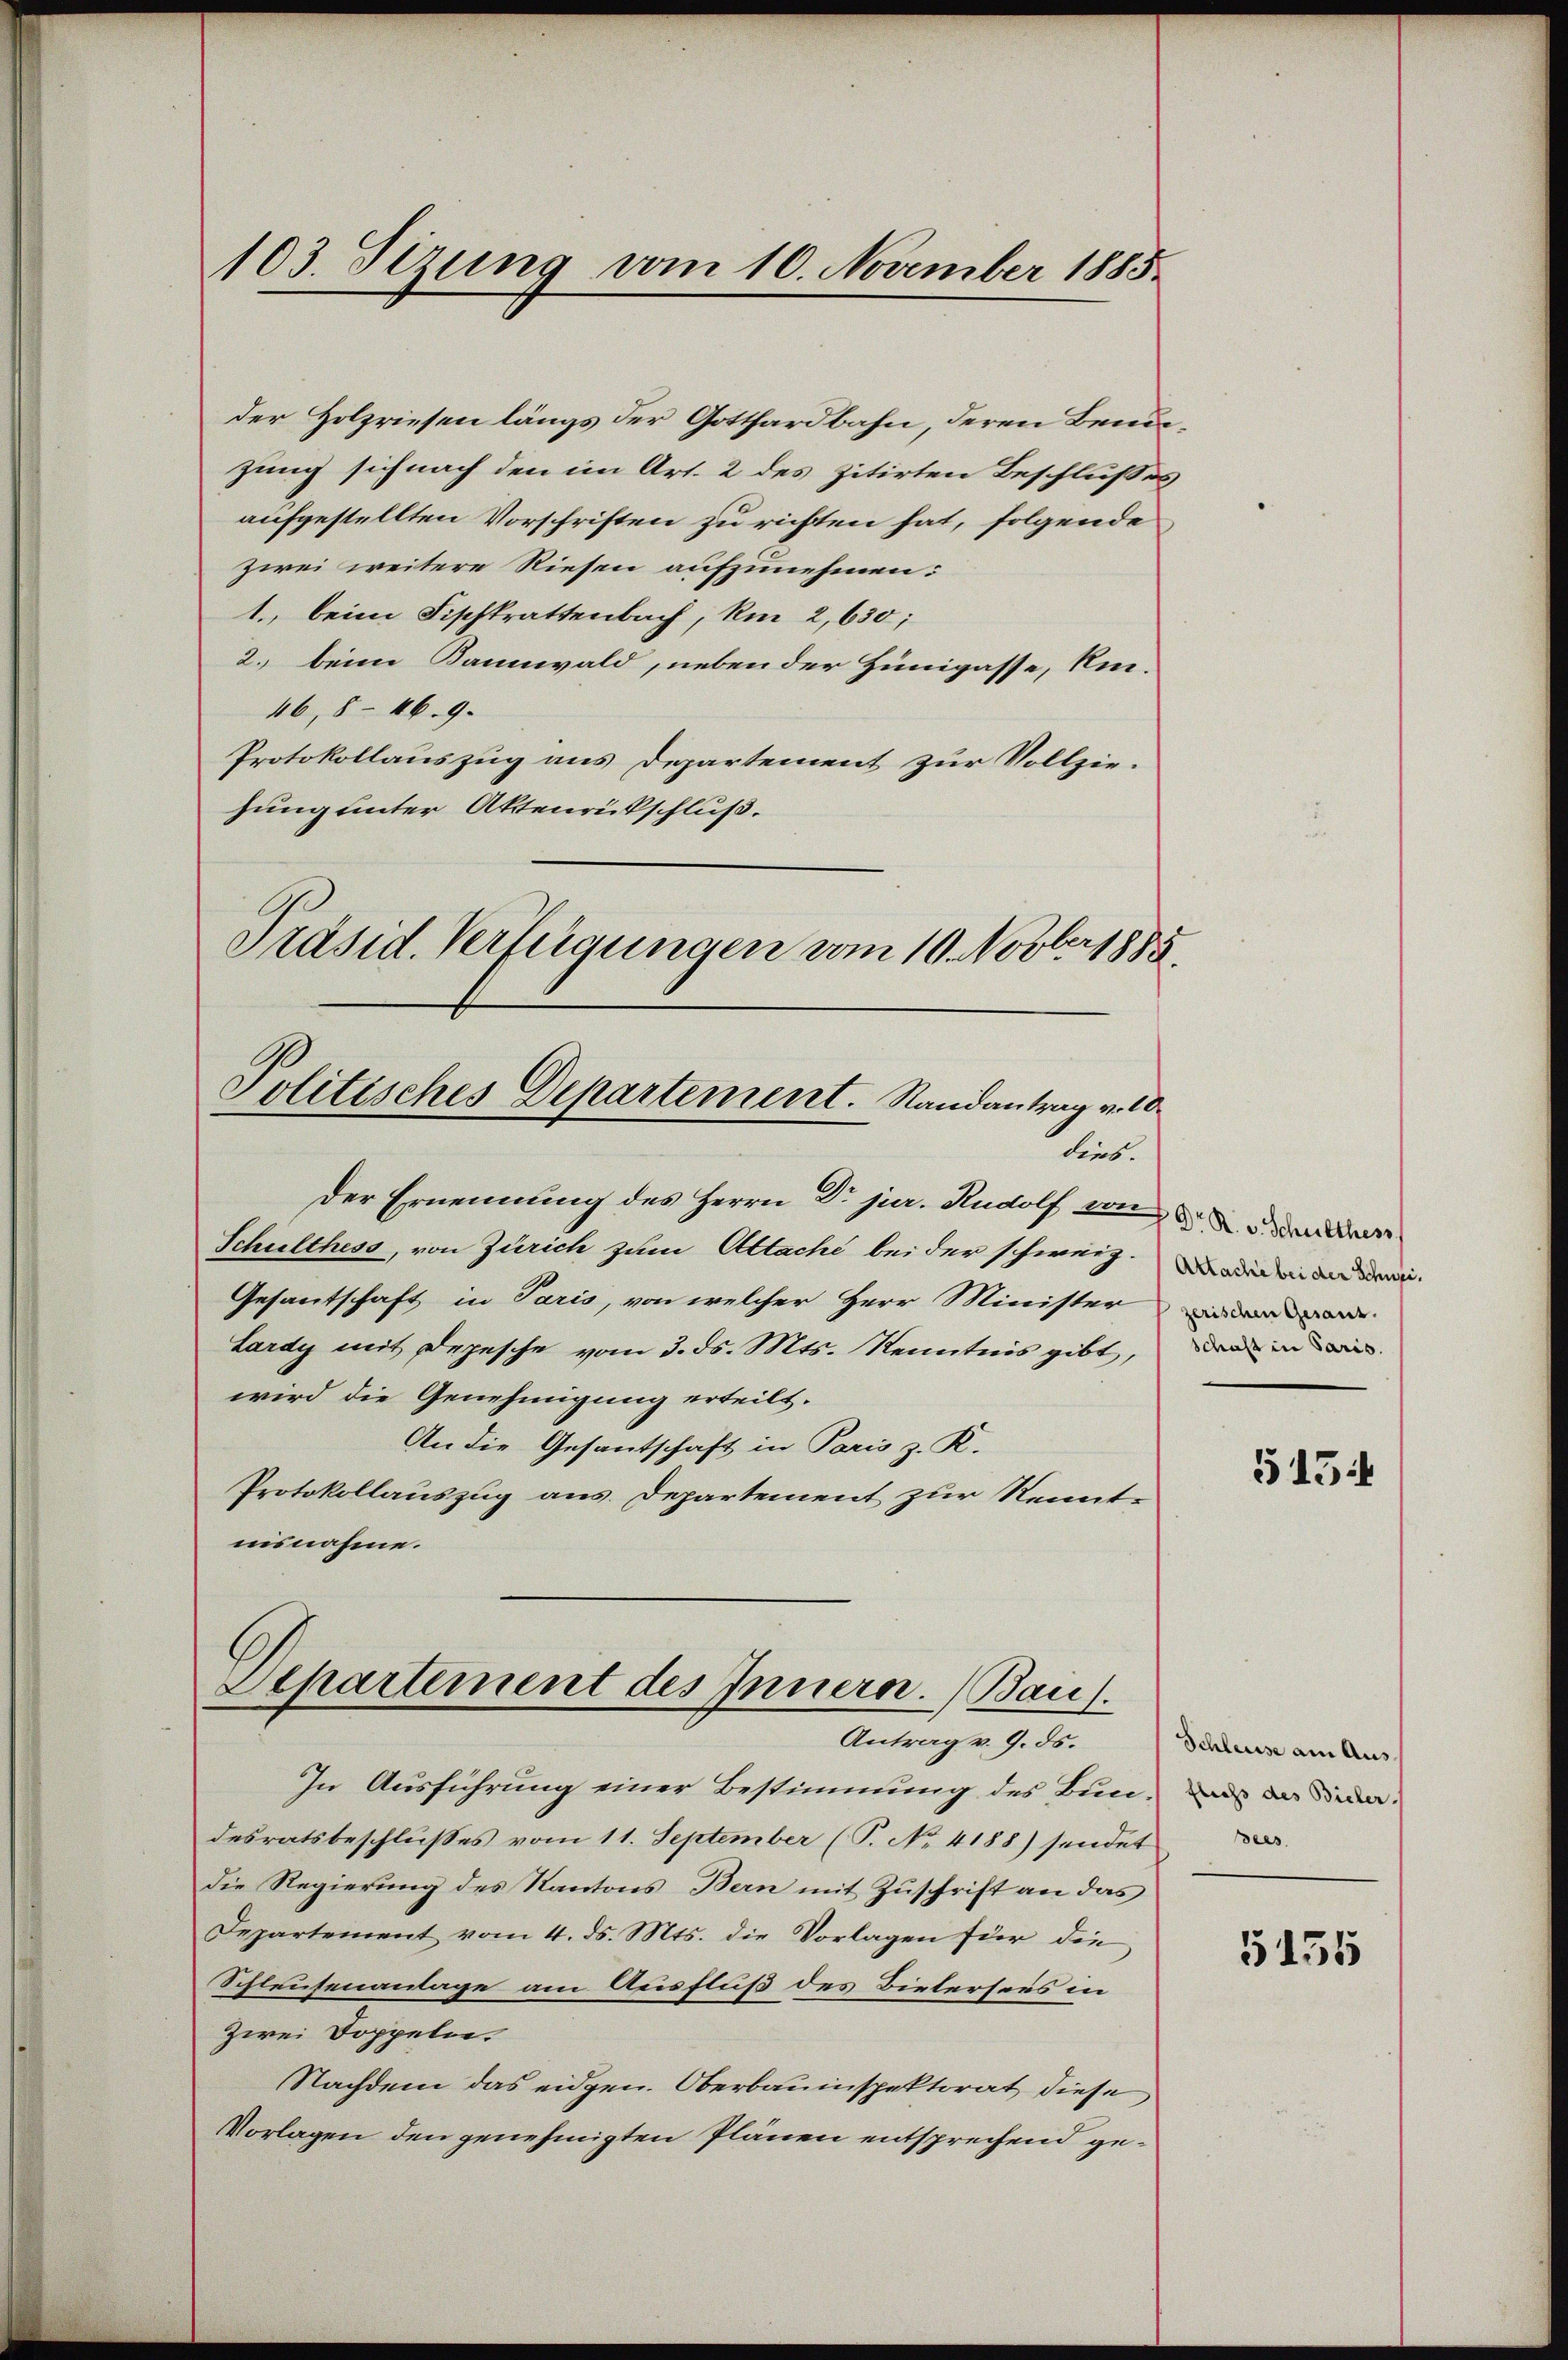
der Holzriesen längs der Gotthardbahn, deren Benuzung sich nach den im Art. 2 des zitirten Beschlußes
aufgestellten Vorschriften zu richten hat, folgende
zwei weitere Riesen aufzunehmen:
1. beim Fischkrattenbach, km 2,630;
2. beim Bannwald, neben der Himigasse, ken-
46, 846. 9.
Protokollauszug aus Departement zur Vollzie-
hung unter Aktenrückschluß.
Präsid. Verfügungen vom 10. Novber 1885.

103. Sezung vom 10. November 1885.

Politisches Departement. Randantrag v. 10.
bis

Der Ernennung des Herrn Dr jur. Rudolf von den
Schulthess, von Zürich zum Altache bei der schweiz. man den
Gesantschaft in Paris, von welcher Herr Minister
Lardy mit Depesche vom 3. ds. Mts. Kenntnis gibt,
wird die Genehmigung erteilt.
An die Gesantschaft in Paris z. R.
Protokollauszug aus. Departement zur Kenntnisnahme.

Departement des Innern. Bau
Antrag v. 9. ds.

In Ausführung einer Bestimmung des Bundesratsbeschlusses vom 11. September (T. No 4188) sendet
die Regierung des Kantons Bern mit Zŭschrift an das
Departement vom 4. ds. Mts. die Vorlagen für die
Schleusenantage am Ausfluß des Bietersees in
zwei Doppeln.
Nachdem das eidgen. Oberbauinspektorat diese
Vorlagen den genehmigten Plänen entsprechend ge¬

zerischen Gesant.
schaft in Paris.

515

Schleuse am Ausfliess des Bieler.
Bees

5155